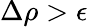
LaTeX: \Delta\rho>\epsilon